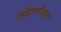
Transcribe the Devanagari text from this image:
व्हॉइसरॉयला